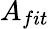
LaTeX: A_{fit}